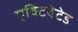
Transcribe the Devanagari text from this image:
एक्टिवेटेड